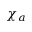
\chi _ { a }